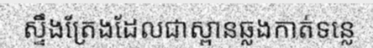
ស្ទឹងត្រែងដែលជាស្ពានឆ្លងកាត់ទន្លេ